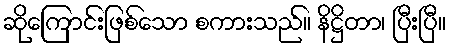
ဆိုကြောင်းဖြစ်သော စကားသည်။ နိဋ္ဌိတာ၊ ပြီးပြီ။